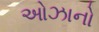
ઓઝાનો